King Institute of Preventive Medicine Micro-Biological Section reports 1909-11
Year: 1909
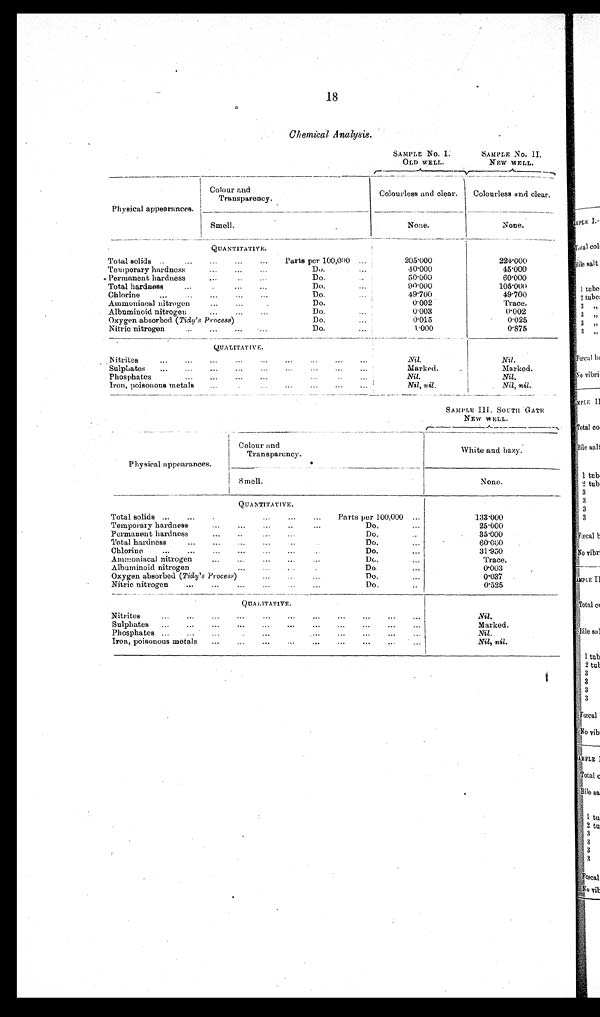
18
A n a l y s i s .
SAMPLE No.
I.OLD WELL.
SAMPLE No. II.
NEW WELL.
Physical appearances.
c o l o u r a n d T r a n s p a r e n c y .
Colourless and clear.
Colourless and clear.
Smell.
None.
None.
QUANTITATIVE.
Total solids
Parts per 100,000
205.000
224.000
Temporary hardness
Do.
40.000
45.000
Permanent hardness
Do.
50.000
60.000
Total hardness
Do.
90.000
105.000
Chlorine
Do.
49.700
49.700
Ammoniacal nitrogen
Do.
0.002
Trace.
Albuminoid nitrogen
Do.
0.003
0.002
Oxygen absorbed ( Tidy's Process)
Do.
0.015
0.025
Nitric nitrogen
Do.
1.000
0.875
QUALITATIVE.
Nitrites
Nil.
Nil.
Sulphates
Marked.
Marked.
Phosphates
Nil.
Nil.
Iron, poisonous metals.
Nil, nil.
Nil, nil.
SAMPLE III. SOUTH GATE
NEW WELL.
Physical appearances.
Colour and
Transparency.
White and hazy.
Smell.
None.
QUANTITATIVE.
Total solids
Parts per 100,000
133.000
Temporary hardness
Do.
25.000
Permanent hardness
Do.
35.000
Total hardness
Do.
60.000
Chlorine
Do.
31.950
Ammoniacal nitrogen.
Do.
Trace.
Albuminoid nitrogen
Do
0.003
Oxygen absorbed ( Tidy's Process)
Do.
0.037
Nitric nitrogen
Do.
0.525
QUALITATIVE.
Nitrites
Nil.
Sulphates.
Marked.
Phosphates
Nil.
Iron, poisonous metals
Nil, nil.